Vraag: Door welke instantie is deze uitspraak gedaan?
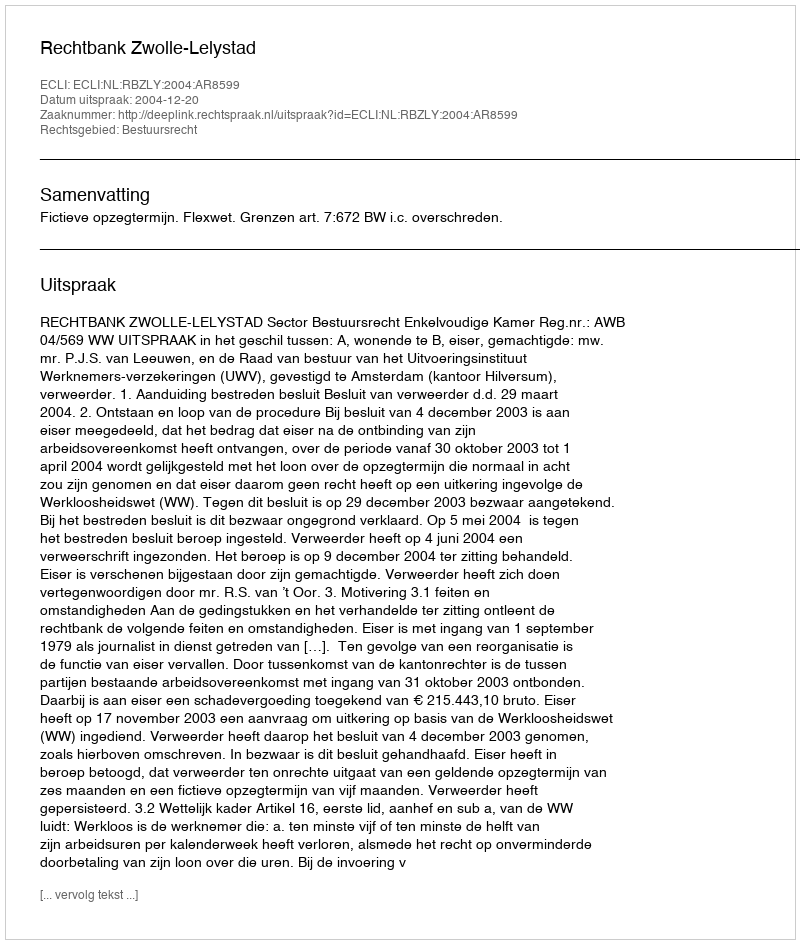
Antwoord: Rechtbank Zwolle-Lelystad